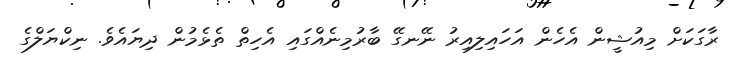
ރާގަކަށް މިއުޝީން އެހެން އަހައިލިއިރު ނޭނގޭ ބާރުމިނެއްގައި އެހިތް ތެޅެމުން ދިޔައެވެ. ނިކްޔަލްގެ